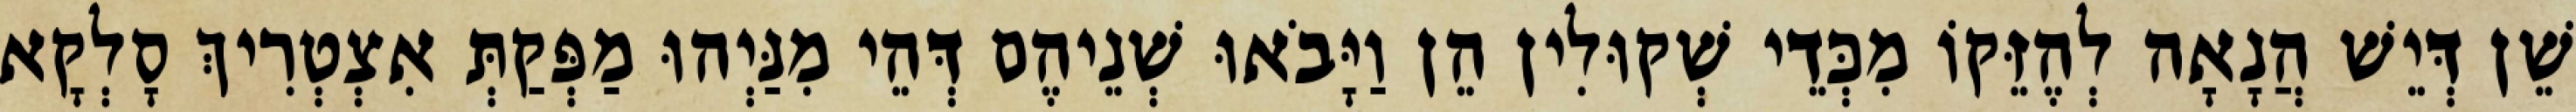
שֵׁן דְּיֵשׁ הֲנָאָה לְהֶזֵּקוֹ מִכְּדֵי שְׁקוּלִין הֵן וַיָּבֹאוּ שְׁנֵיהֶם דְּהֵי מִנַּיְהוּ מַפְּקַתְּ אִצְטְרִיךְ סָלְקָא